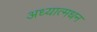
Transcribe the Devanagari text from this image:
अध्यात्मधन